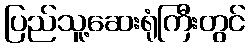
ပြည်သူ့ဆေးရုံကြီးတွင်